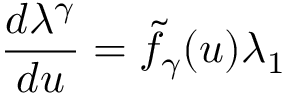
\frac { d \lambda ^ { \gamma } } { d u } = { \tilde { f } } _ { \gamma } ( u ) \lambda _ { 1 }